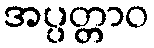
အပ္ပတ္တာဝ